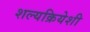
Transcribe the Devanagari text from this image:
शल्यक्रियेशी